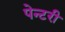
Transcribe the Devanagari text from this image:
पेन्टरी